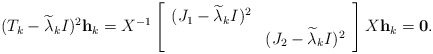
\begin{align*}(T_k-\widetilde{\lambda}_kI)^2{\bf h}_k=X^{-1}\left[\begin{array}{cc}(J_1-\widetilde{\lambda}_kI)^2 & \\ &(J_2-\widetilde{\lambda}_kI)^2\\\end{array} \right]X{\bf h}_k={\bf 0}.\end{align*}